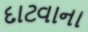
દાટવાના